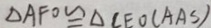
\Delta A F O \cong \Delta C E O ( A A S )